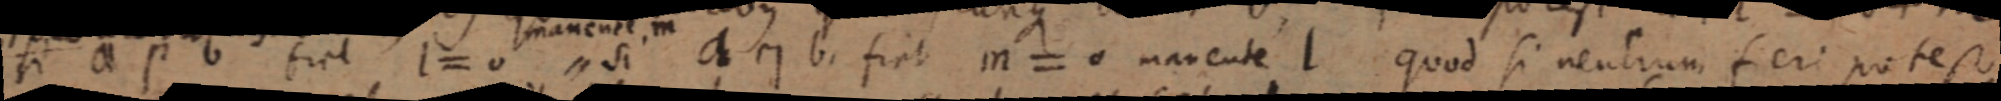
si a п b, fiat m = 0 mavente l quod si neutrum feri potest